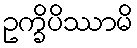
ဥက္ခိပိဿာမိ